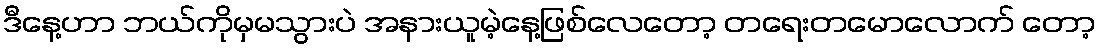
ဒီနေ့ဟာ ဘယ်ကိုမှမသွားပဲ အနားယူမဲ့နေ့ဖြစ်လေတော့ တရေးတမောလောက် တော့